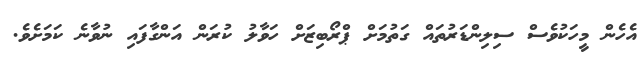
އެހެން މީހަކުވެސް ސިލިންޑަރުތައް ގަތުމަށް ޕްރޯބިޒަށް ހަވާލު ކުރަން އަންގާފައި ނުވާނެ ކަމަށެވެ.